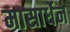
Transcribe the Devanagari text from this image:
मासार्धेन